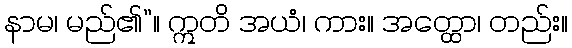
နာမ၊ မည်၏”။ ဣတိ အယံ၊ ကား။ အတ္ထော၊ တည်း။